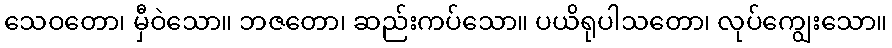
သေဝတော၊ မှီဝဲသော။ ဘဇတော၊ ဆည်းကပ်သော။ ပယိရုပါသတော၊ လုပ်ကျွေးသော။